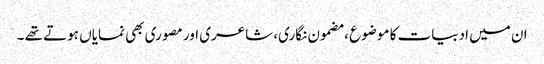
ان میں ادبیات کا موضوع ، مضمون نگاری، شاعری اور مصوری بھی نمایاں ہوتے تھے ۔